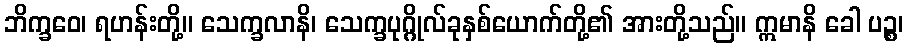
ဘိက္ခဝေ၊ ရဟန်းတို့။ သေက္ခလာနိ၊ သေက္ခပုဂ္ဂိုလ်ခုနှစ်ယောက်တို့၏ အားတို့သည်။ ဣမာနိ ခေါ ပဉ္စ၊